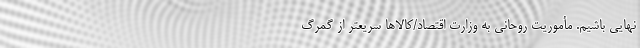
نهایی باشیم. مأموریت روحانی به وزارت اقتصاد/کالاها سریعتر از گمرگ